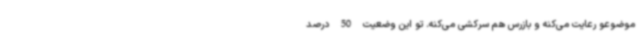
موضوعو رعایت می‌کنه و بازرس هم سرکشی می‌کنه. تو این وضعیت 50 درصد